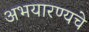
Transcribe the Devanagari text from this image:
अभयारण्यचे